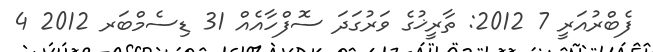
ފެބްރުއަރީ 7 2012: ތާރީޚުގެ ވަރުގަދަ ސޮފްހާއެއް 31 ޑިސެމްބަރ 2012 4